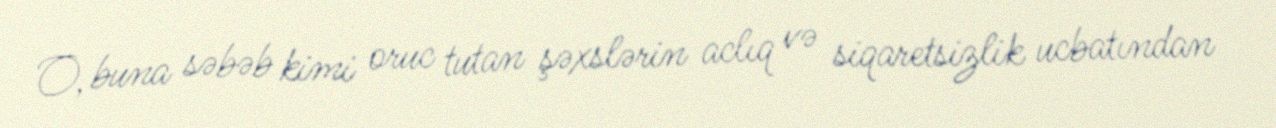
O, buna səbəb kimi oruc tutan şəxslərin aclıq və siqaretsizlik ucbatından